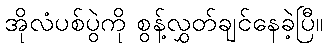
အိုလံပစ်ပွဲကို စွန့်လွှတ်ချင်နေခဲ့ပြီ။